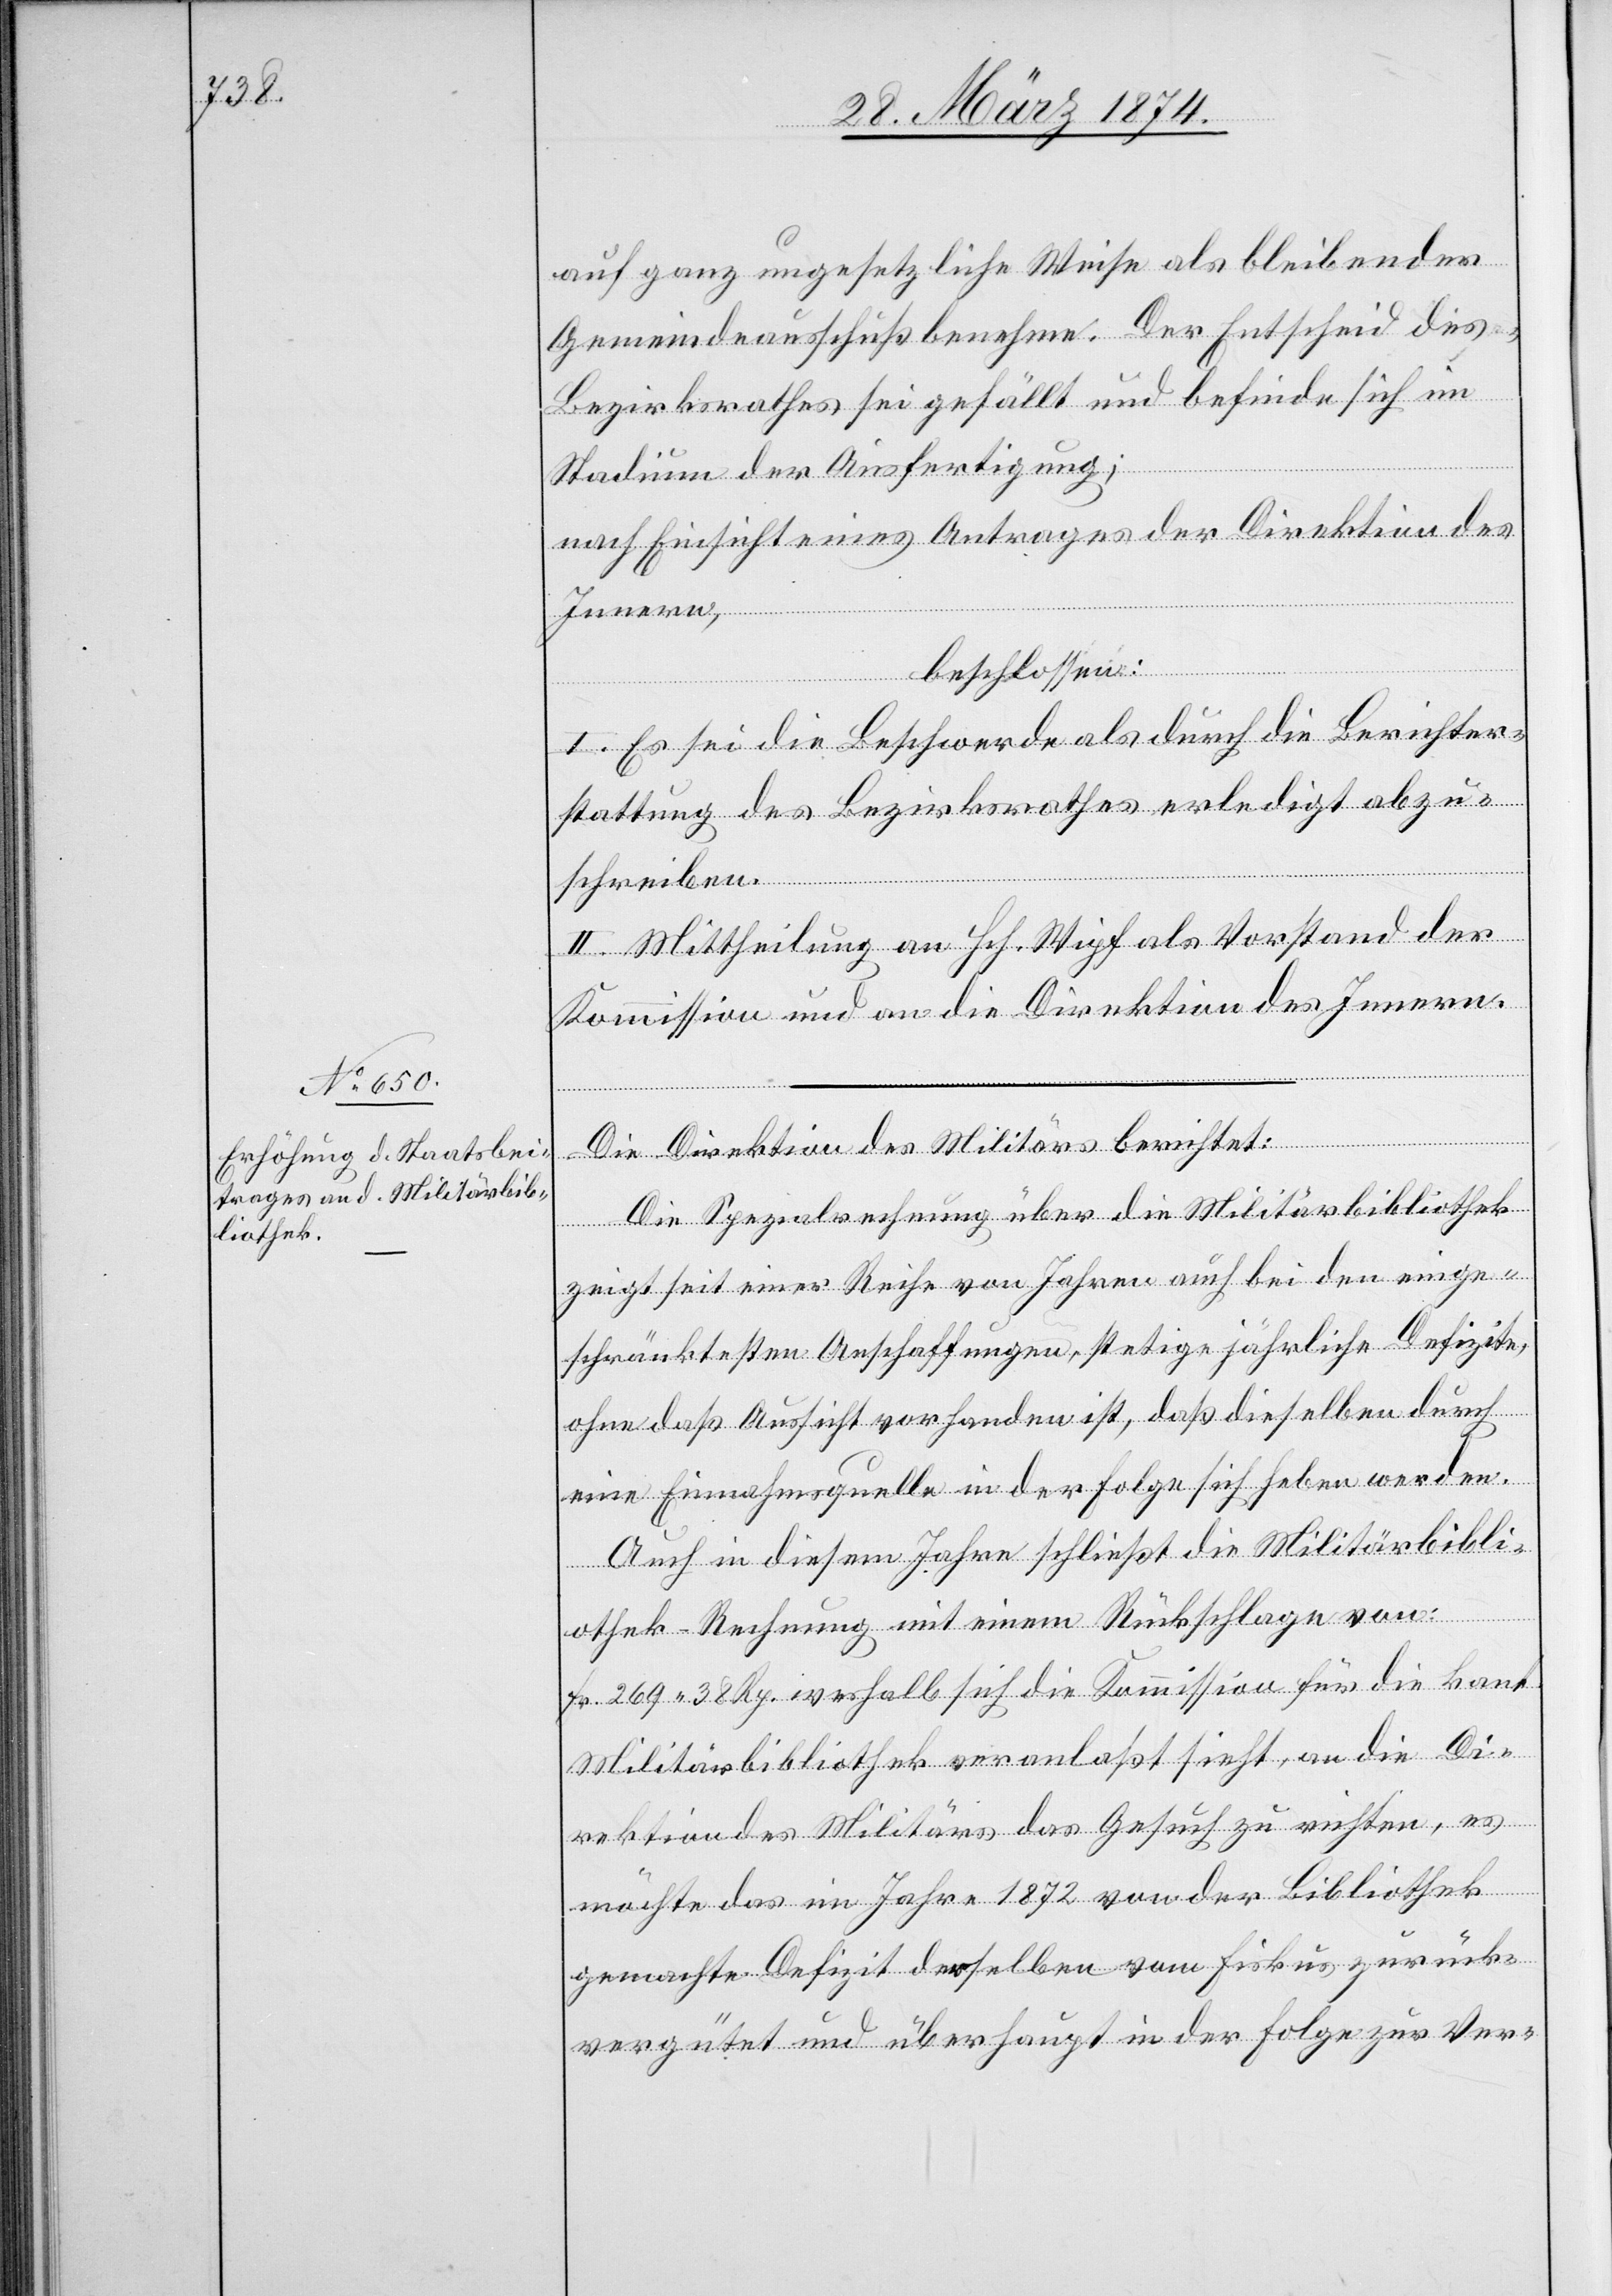
auf ganz ungesetzliche Weise als bleibender
Gemeindeausschuß benehme. Der Entscheid des
Bezirksrath sei gefällt und befinde sich im
Stadium der Ausfertigung;
nach Einsicht eines Antrages der Direktion des
Innern,
beschlossen:
I. Es sei die Beschwerde als durch die Berichter¬
stattung des Bezirksrathes erledigt abzu¬
schreiben.
II. Mittheilung an Hch. Wipf als Vorstand der
Kommission und an die Direktion des Innern.
Die Spezialrechnung über die Militärbibliothek
zeigt seit einer Reihe von Jahren auch bei den einge¬
schränktesten Anschaffungen, stetige jährliche Defizite,
ohne daß Aussicht vorhanden ist, daß dieselben durch
eine Einnahmsquelle in der Folge sich heben werden.
Auch in diesem Jahre schließt die Militärbibli¬
othek-Rechnung mit einem Rückschlage von:
Fr. 269.38 Rp. weshalb sich die Kommission für die kant.
Militärbibliothek veranlaßt sieht, an die Di¬
rektion des Militärs das Gesuch zu richten, es
möchte das im Jahre 1872 von der Bibliothek
gemachte Defizit derselben vom Fiskus zurück¬
vergütet und überhaupt in der Folge zur Ver-